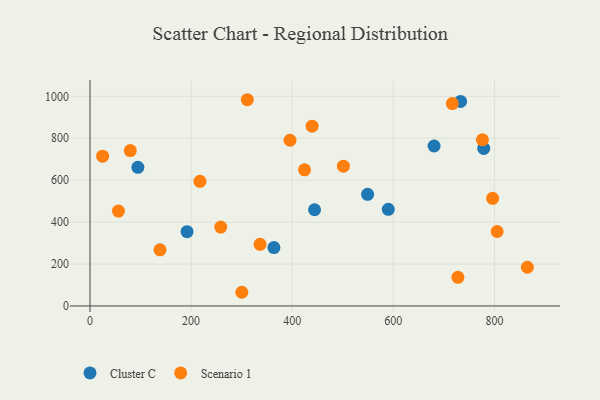
{"axis": {"x": "Study Hours", "y": "Sales"}, "legend": ["Cluster C", "Scenario 1"], "data": [{"x": "363.8", "y": 278.7, "type": "Cluster C"}, {"x": "549.1", "y": 532.4, "type": "Cluster C"}, {"x": "192.0", "y": 354.6, "type": "Cluster C"}, {"x": "94.7", "y": 661.2, "type": "Cluster C"}, {"x": "444.2", "y": 459.0, "type": "Cluster C"}, {"x": "680.6", "y": 763.1, "type": "Cluster C"}, {"x": "590.0", "y": 460.9, "type": "Cluster C"}, {"x": "733.0", "y": 975.9, "type": "Cluster C"}, {"x": "778.8", "y": 751.7, "type": "Cluster C"}, {"x": "439.4", "y": 857.7, "type": "Scenario 1"}, {"x": "796.4", "y": 513.3, "type": "Scenario 1"}, {"x": "865.1", "y": 184.7, "type": "Scenario 1"}, {"x": "300.3", "y": 65.3, "type": "Scenario 1"}, {"x": "311.2", "y": 983.8, "type": "Scenario 1"}, {"x": "727.7", "y": 136.4, "type": "Scenario 1"}, {"x": "138.5", "y": 267.6, "type": "Scenario 1"}, {"x": "217.5", "y": 594.7, "type": "Scenario 1"}, {"x": "805.3", "y": 355.1, "type": "Scenario 1"}, {"x": "336.4", "y": 294.0, "type": "Scenario 1"}, {"x": "25.0", "y": 714.7, "type": "Scenario 1"}, {"x": "424.4", "y": 649.4, "type": "Scenario 1"}, {"x": "79.7", "y": 741.1, "type": "Scenario 1"}, {"x": "395.6", "y": 790.6, "type": "Scenario 1"}, {"x": "776.2", "y": 792.4, "type": "Scenario 1"}, {"x": "501.2", "y": 666.6, "type": "Scenario 1"}, {"x": "716.7", "y": 965.4, "type": "Scenario 1"}, {"x": "258.6", "y": 376.2, "type": "Scenario 1"}, {"x": "56.3", "y": 452.6, "type": "Scenario 1"}]}